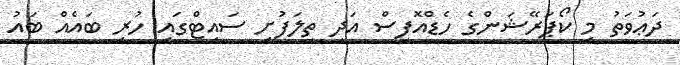
ދަޢުވަތު މި ކޯޕަރޭޝަންގެ ހެޑްއޮފީސް އަދި ތިލަފުށި ސައިޓްގައި ހުރި ބައެއް ބައު